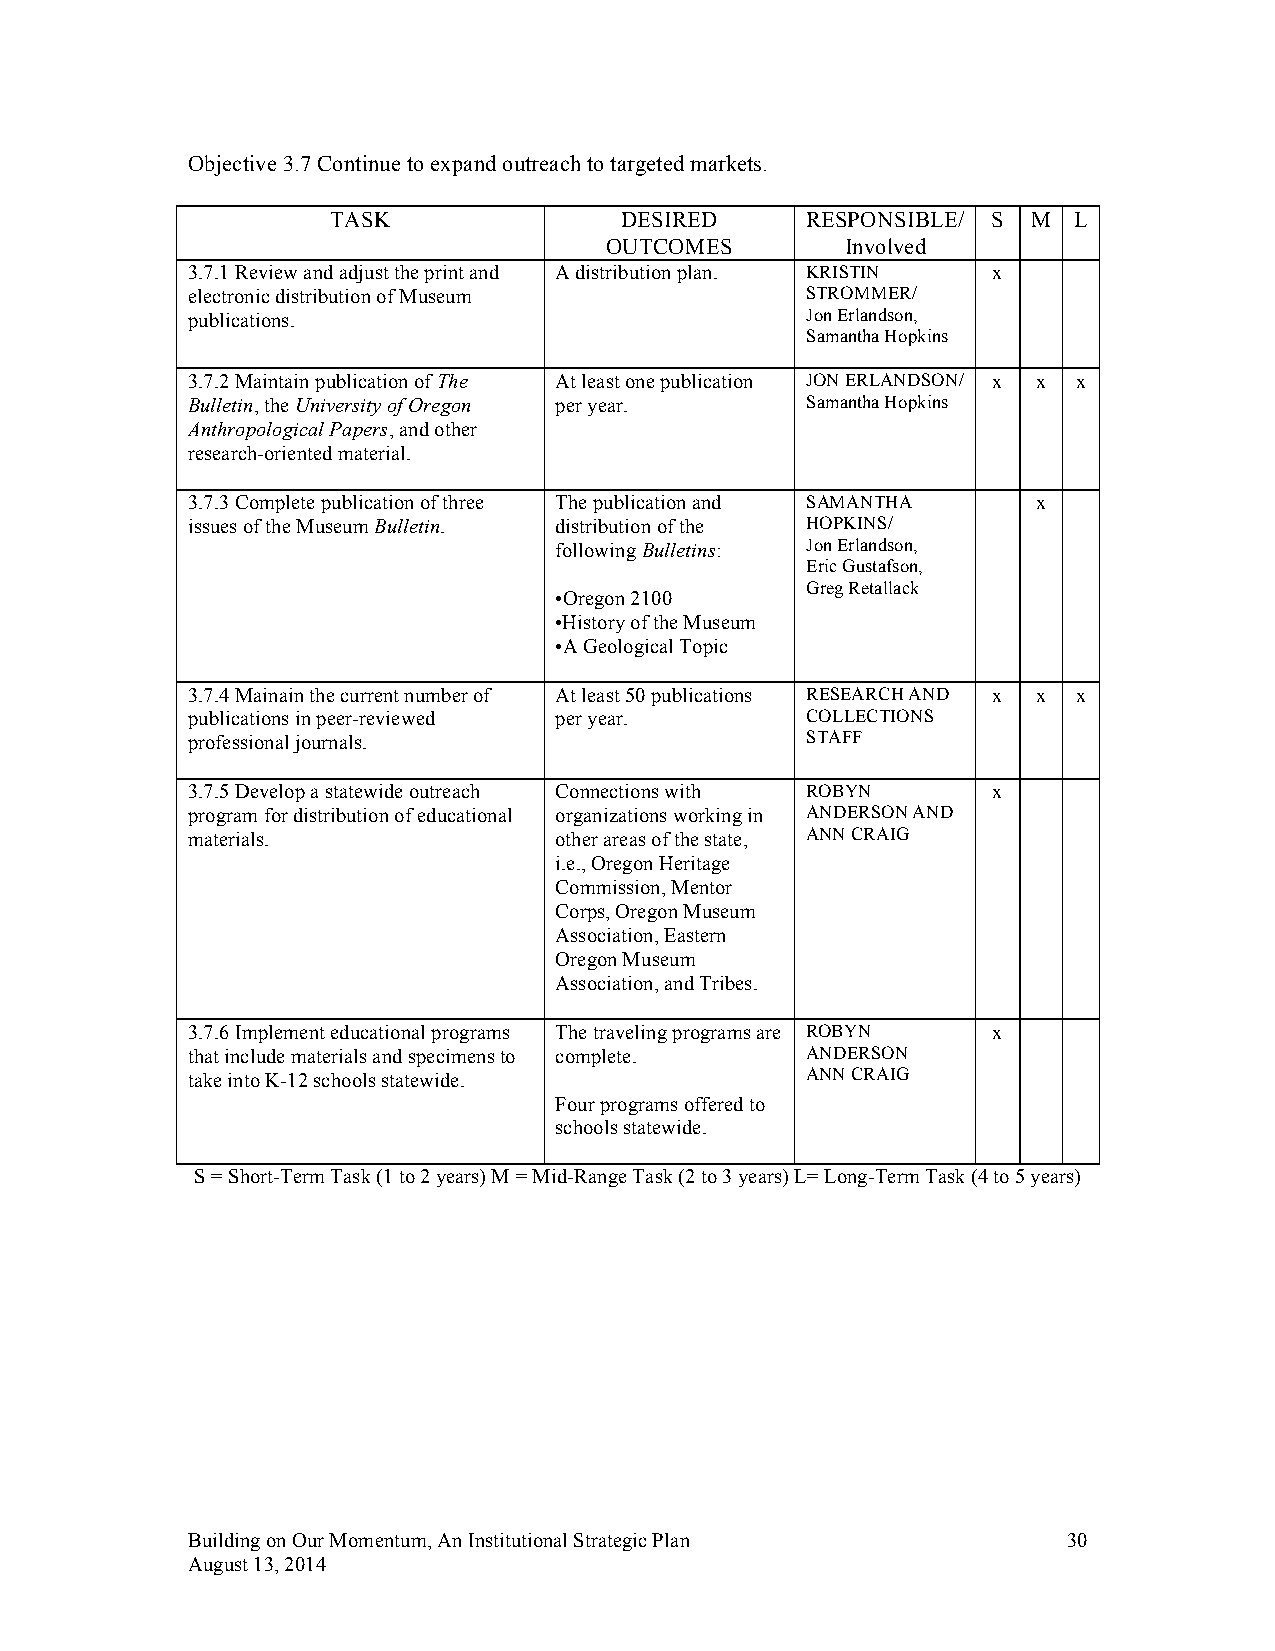
Objective 3.7 Continue to expand outreach to targeted markets.
 TASK               DESIRED     RESPONSIBLE/ S M  L
 OUTCOMES        Involved
 3.7.1 Review and adjust the print and A distribution plan. KRISTIN x
 electronic distribution of Museum        STROMMER/
 publications.                            Jon Erlandson,
 Samantha Hopkins
 3.7.2 Maintain publication of The At least one publication JON ERLANDSON/ x x x
 Bulletin, the University of Oregon per year. Samantha Hopkins
 Anthropological Papers, and other
 research-oriented material.
 3.7.3 Complete publication of three The publication and SAMANTHA x
 issues of the Museum Bulletin. distribution of the HOPKINS/
 following Bulletins: Jon Erlandson,
 Eric Gustafson,
 Greg Retallack
 •Oregon 2100
 •History of the Museum
 •A Geological Topic
 3.7.4 Mainain the current number of At least 50 publications RESEARCH AND x x x
 publications in peer-reviewed per year.  COLLECTIONS
 professional journals.                   STAFF
 3.7.5 Develop a statewide outreach Connections with ROBYN x
 program for distribution of educational organizations working in ANDERSON AND
 materials.               other areas of the state, ANN CRAIG
 i.e., Oregon Heritage
 Commission, Mentor
 Corps, Oregon Museum
 Association, Eastern
 Oregon Museum
 Association, and Tribes.
 3.7.6 Implement educational programs The traveling programs are ROBYN x
 that include materials and specimens to complete. ANDERSON
 take into K-12 schools statewide.        ANN CRAIG
 Four programs offered to
 schools statewide.
 S = Short-Term Task (1 to 2 years) M = Mid-Range Task (2 to 3 years) L= Long-Term Task (4 to 5 years)
 Building on Our Momentum, An Institutional Strategic Plan  30
 August 13, 2014